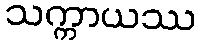
သက္ကာယဿ